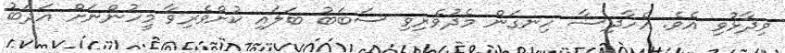
ވިދާޅުވި އެވެ. އެހާދިސާ ހިނގަން މެދުވެރިވި ސަބަބު ބަލައި ކުށްވެރިވާ މީހުންނަށް އަދަބު